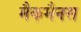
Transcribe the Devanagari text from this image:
मैकमैनस